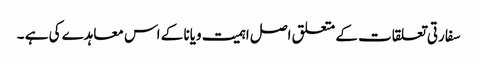
سفارتی تعلقات کے متعلق اصل اہمیت ویانا کے اس معاہدے کی ہے ۔